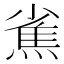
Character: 𤍳